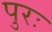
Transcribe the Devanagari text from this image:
पुरः